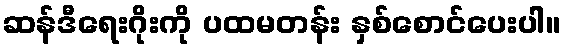
ဆန်ဒီရေးဂိုးကို ပထမတန်း နှစ်စောင်ပေးပါ။